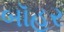
બૉહર